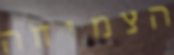
הצמיחה